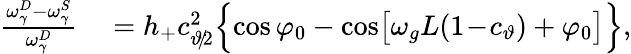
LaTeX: \begin{array}{rl}{\frac{\omega_{\gamma}^{D}-\omega_{\gamma}^{S}}{\omega_{\gamma}^{D}}}&{{}=h_{+}c_{\vartheta\! /\! 2}^{2}\Big\{ \! \cos\varphi_{0}-\cos\! \big[\omega_{g}L(1\! -\! c_{\vartheta})+\varphi_{0}\big]\Big\} ,}\end{array}